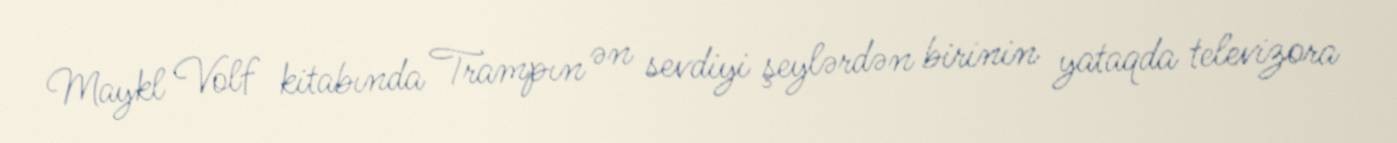
Maykl Volf kitabında Trampın ən sevdiyi şeylərdən birinin yataqda televizora